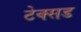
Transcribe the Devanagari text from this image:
टेक्सड